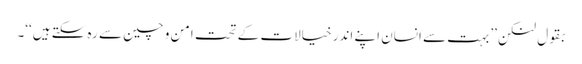
بقول لنکن ’’بہت سے انسان اپنے اندر خیالات کے تحت امن و چین سے رہ سکتے ہیں‘‘۔